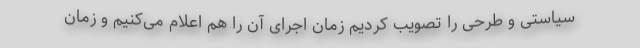
سیاستی و طرحی را تصویب کردیم زمان اجرای آن را هم اعلام می‌کنیم و زمان